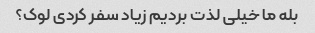
بله ما خیلی لذت بردیم زیاد سفر کردی لوک؟